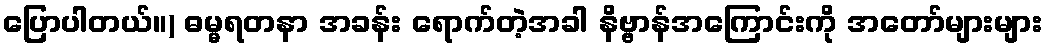
ပြောပါတယ်။) ဓမ္မရတနာ အခန်း ရောက်တဲ့အခါ နိဗ္ဗာန်အကြောင်းကို အတော်များများ